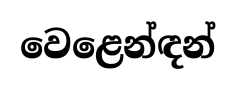
වෙළෙන්ඳන්